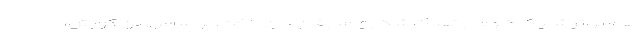
هم بر اثر شلیک گلوله از تفنگ شکاری سارقان جان باخت. بر اساس این گزارش،